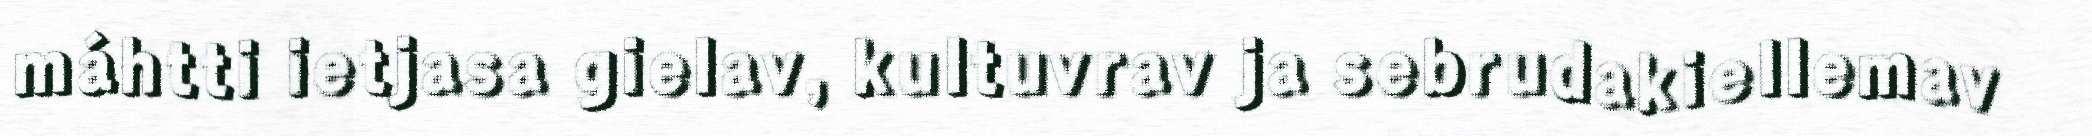
máhtti ietjasa gielav, kultuvrav ja sebrudakiellemav